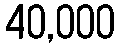
40,000